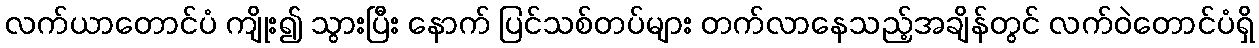
လက်ယာတောင်ပံ ကျိုး၍ သွားပြီး နောက် ပြင်သစ်တပ်များ တက်လာနေသည့်အချိန်တွင် လက်ဝဲတောင်ပံရှိ